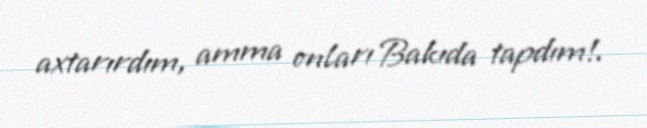
axtarırdım, amma onları Bakıda tapdım!.